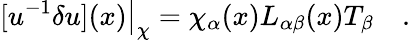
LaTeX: [u^{-1}\delta u](x)\big|_{\chi}={\chi_{\alpha}(x)}L_{\alpha\beta}(x)T_{\beta}\quad.